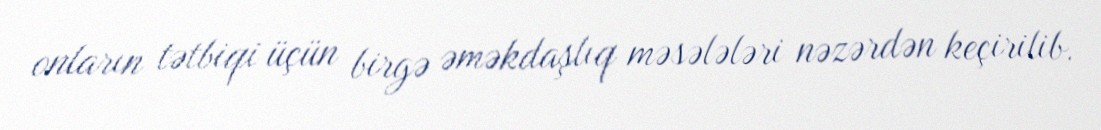
onların tətbiqi üçün birgə əməkdaşlıq məsələləri nəzərdən keçirilib.